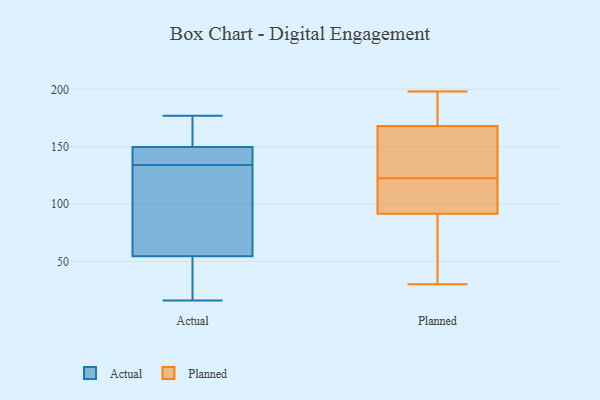
{"axis": {"x": "LTV (USD)", "y": "Value"}, "legend": ["Actual", "Planned"], "data": [{"x": "", "y": 177, "type": "Actual"}, {"x": "", "y": 152, "type": "Actual"}, {"x": "", "y": 46, "type": "Actual"}, {"x": "", "y": 168, "type": "Actual"}, {"x": "", "y": 134, "type": "Actual"}, {"x": "", "y": 36, "type": "Actual"}, {"x": "", "y": 16, "type": "Actual"}, {"x": "", "y": 138, "type": "Actual"}, {"x": "", "y": 24, "type": "Actual"}, {"x": "", "y": 169, "type": "Actual"}, {"x": "", "y": 143, "type": "Actual"}, {"x": "", "y": 136, "type": "Actual"}, {"x": "", "y": 83, "type": "Actual"}, {"x": "", "y": 155, "type": "Actual"}, {"x": "", "y": 63, "type": "Actual"}, {"x": "", "y": 54, "type": "Actual"}, {"x": "", "y": 140, "type": "Actual"}, {"x": "", "y": 56, "type": "Actual"}, {"x": "", "y": 118, "type": "Actual"}, {"x": "", "y": 192, "type": "Planned"}, {"x": "", "y": 87, "type": "Planned"}, {"x": "", "y": 176, "type": "Planned"}, {"x": "", "y": 90, "type": "Planned"}, {"x": "", "y": 118, "type": "Planned"}, {"x": "", "y": 198, "type": "Planned"}, {"x": "", "y": 127, "type": "Planned"}, {"x": "", "y": 30, "type": "Planned"}, {"x": "", "y": 95, "type": "Planned"}, {"x": "", "y": 160, "type": "Planned"}, {"x": "", "y": 156, "type": "Planned"}, {"x": "", "y": 93, "type": "Planned"}]}